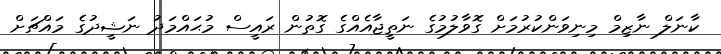
ކާނަލް ނާޒިމް މިނިވަންކުރުމަށް ގޮވާލުމުގެ ނަތީޖާއެއްގެ ގޮތުން ރައީސް މުޙައްމަދު ނަޝީދުގެ މައްޗަށް